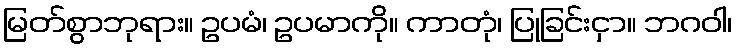
မြတ်စွာဘုရား။ ဥပမံ၊ ဥပမာကို။ ကာတုံ၊ ပြုခြင်းငှာ။ ဘဂဝါ၊